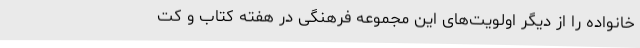
خانواده را از دیگر اولویت‌های این مجموعه فرهنگی در هفته کتاب و کت